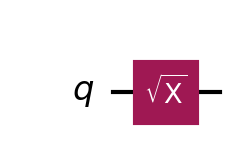
Description: √X (V gate): half of a Pauli-X rotation
描述: √X（V门）：Pauli-X旋转的一半
Category: gate_coverage (difficulty: basic)
Qubits: 1, circuit depth: 1

Braket implementation:
from braket.circuits import Circuit
circuit = Circuit().v(0)